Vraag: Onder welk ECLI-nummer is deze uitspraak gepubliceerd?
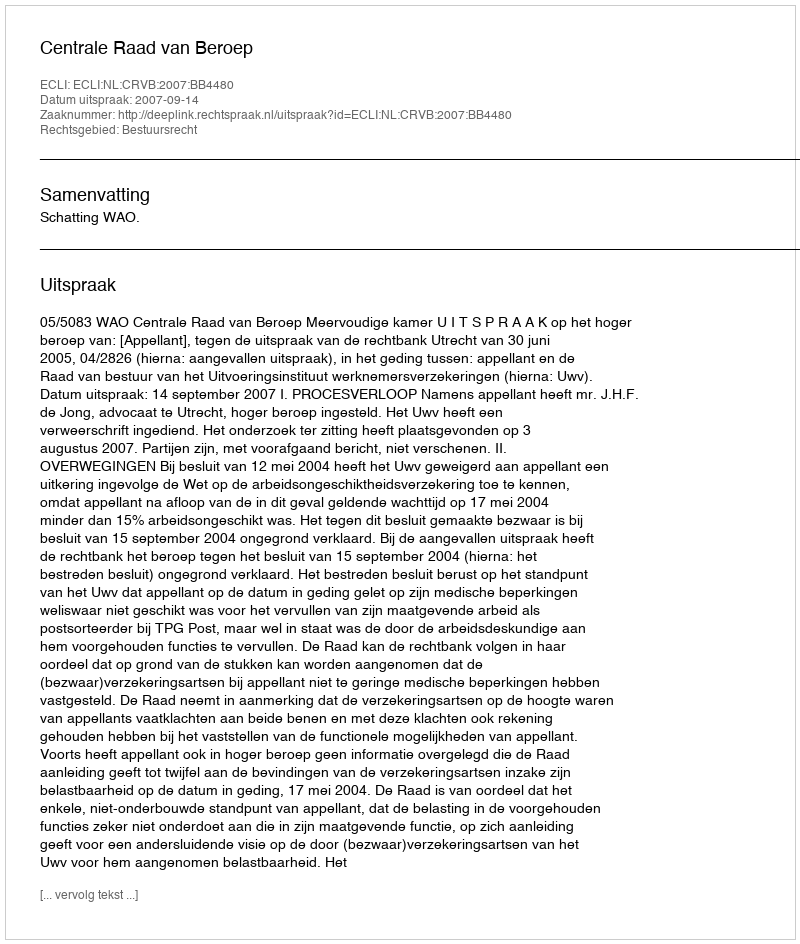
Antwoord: ECLI:NL:CRVB:2007:BB4480